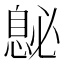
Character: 𪬤